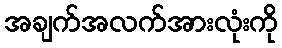
အချက်အလက်အားလုံးကို